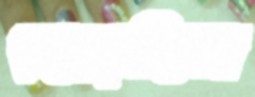
ছেড়েছিল